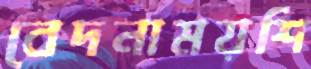
বেদনাময়শি